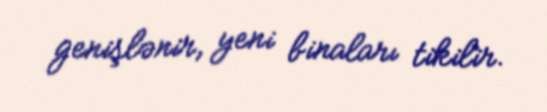
genişlənir, yeni binaları tikilir.